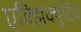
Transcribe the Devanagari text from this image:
एक्झिक्यूटिव